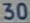
30